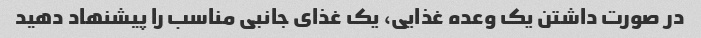
در صورت داشتن یک وعده غذایی، یک غذای جانبی مناسب را پیشنهاد دهید